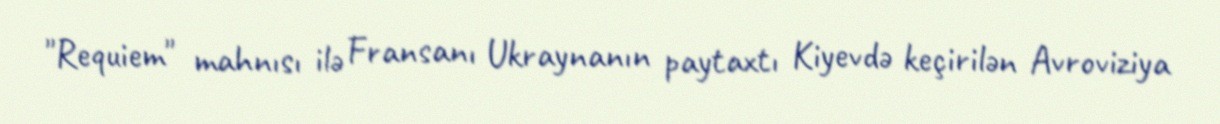
"Requiem" mahnısı ilə Fransanı Ukraynanın paytaxtı Kiyevdə keçirilən Avroviziya